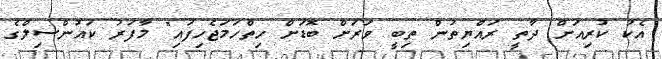
އެކު ކުރިއަށް ދާތީ ރައްޔިތުން ތިބީ ވަރަށް ބޮޑަށް ހިތްހަމަޖެހިފައި" މާފަރު ކައުންސިލްގެ